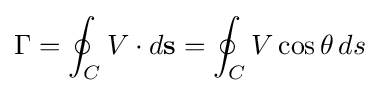
\Gamma =\oint _{C}V\cdot d\mathbf {s} =\oint _{C}V\cos \theta \,ds